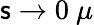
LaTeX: \mathsf{s}\rightarrow0~\mu